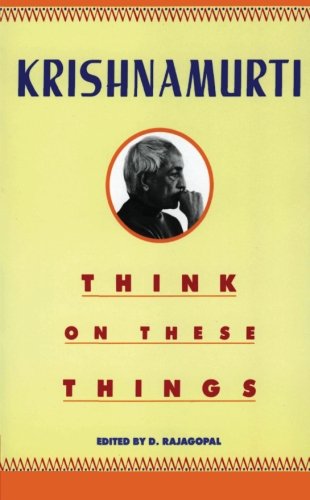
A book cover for Think on These Things; Jiddu Krishnamurti; Religion & Spirituality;